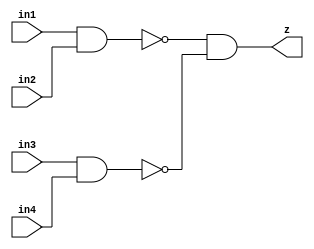
// mioc-and2-nor
//
// Edward Diaz , 08_21_22
//
// This is a mos representation of the original mos layout
//  configuration that uses an open drain configuration.

// mioc-and2-nor
//
module mioc_nand4_nor2_rtl(
    z,

    in1,            
    in2,            
    in3,            
    in4             
    );

   output z;

   input  in1;
   input  in2;
   input  in3;
   input  in4;

   assign z = ( ~(in1 & in2) ) & ( ~(in3 & in4) );

endmodule